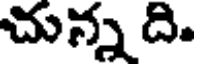
చున్న ది.